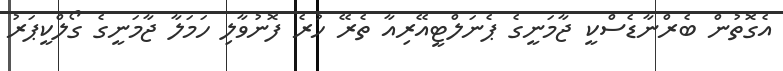
އެގޮތުން ބެރްނާޑެސްކީ ޖާމަނީގެ ޕެނަލްޓީއޭރިއާ ތެރޭ ހުރެ ފޮނުވާލި ހަމަލާ ޖާމަނީގެ ގޯލްކީޕަރު